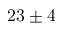
2 3 \pm 4